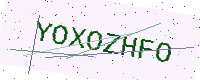
Text: YOXOZHFO